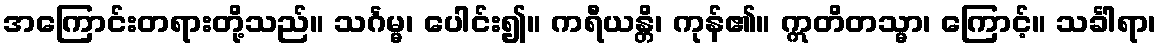
အကြောင်းတရားတို့သည်။ သင်္ဂမ္မ၊ ပေါင်း၍။ ကရီယန္တိ၊ ကုန်၏။ ဣတိတသ္မာ၊ ကြောင့်။ သင်္ခါရာ၊